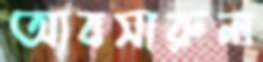
আবসারুল